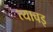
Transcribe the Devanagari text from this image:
त्याचइ